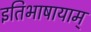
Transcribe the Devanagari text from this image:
इतिभाषायाम्‌